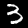
Digit: 3